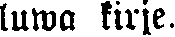
luwa kirje.